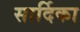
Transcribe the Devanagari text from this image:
सार्दिका